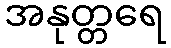
အနုတ္တရေ